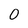
Character: 0